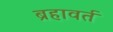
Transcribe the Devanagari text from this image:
ब्रहावर्त